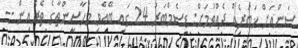
ސަންއަށް ޚަބަރެއް ދެއްވުމަށް: ޑިސެމްބަރު 24 ގައި ބޭއްވި މަހާސިންތާގެ ތެރެއިން --